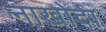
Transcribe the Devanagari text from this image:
नाखोदा